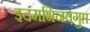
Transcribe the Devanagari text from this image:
इदमभिनवगुप्त